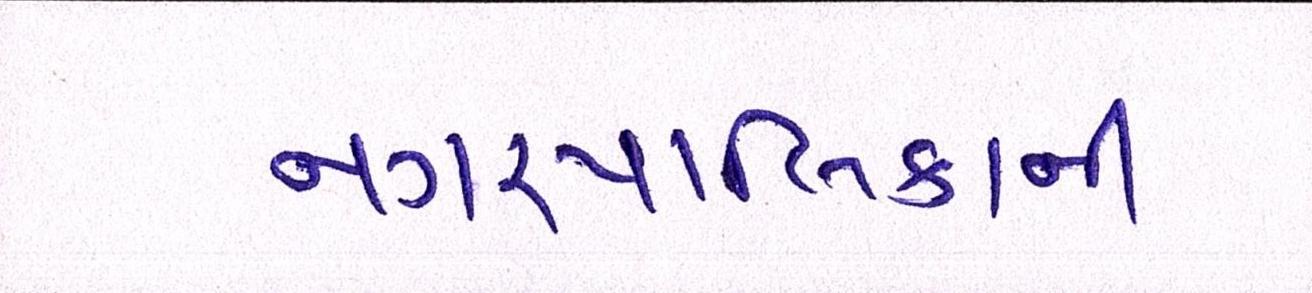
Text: નગરપાલિકાની